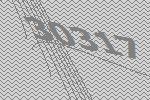
30317